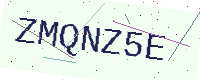
Text: ZMQNZ5E